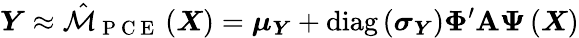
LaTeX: \boldsymbol{Y}\approx\hat{\mathcal{M}}_{\mathrm{~P~C~E~}}\left(\boldsymbol{X}\right)=\boldsymbol{\mu}_{\boldsymbol{Y}}+\operatorname{diag}\left(\boldsymbol{\sigma}_{\boldsymbol{Y}}\right)\boldsymbol{\Phi}^{\prime}\boldsymbol{\mathrm{A}}\boldsymbol{\Psi}\left(\boldsymbol{X}\right)